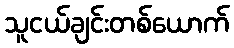
သူငယ်ချင်းတစ်ယောက်